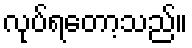
လုပ်ရတော့သည်။